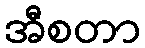
အီစတာ